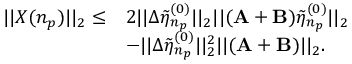
\begin{array} { r l } { | | X ( n _ { p } ) | | _ { 2 } \leq } & { 2 | | \Delta \tilde { \eta } _ { n _ { p } } ^ { ( 0 ) } | | _ { 2 } | | ( \mathbf { A } + \mathbf { B } ) \tilde { \eta } _ { n _ { p } } ^ { ( 0 ) } | | _ { 2 } } \\ & { - | | \Delta \tilde { \eta } _ { n _ { p } } ^ { ( 0 ) } | | _ { 2 } ^ { 2 } | | ( \mathbf { A } + \mathbf { B } ) | | _ { 2 } . } \end{array}